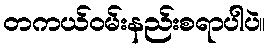
တကယ်ဝမ်းနည်းစရာပါပဲ။